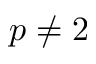
p \neq 2